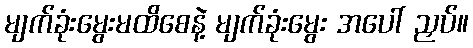
မျက်ခုံးမွေးမထိစေနဲ့ မျက်ခုံးမွေး အပေါ် ညှပ်။